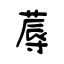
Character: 蓐